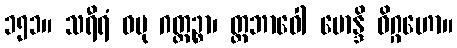
၁၅၁။ သရီရံ ဝပု ဂတ္တဉ္စာ၊ တ္တဘာဝေါ ဗောန္ဒိ ဝိဂ္ဂဟော။